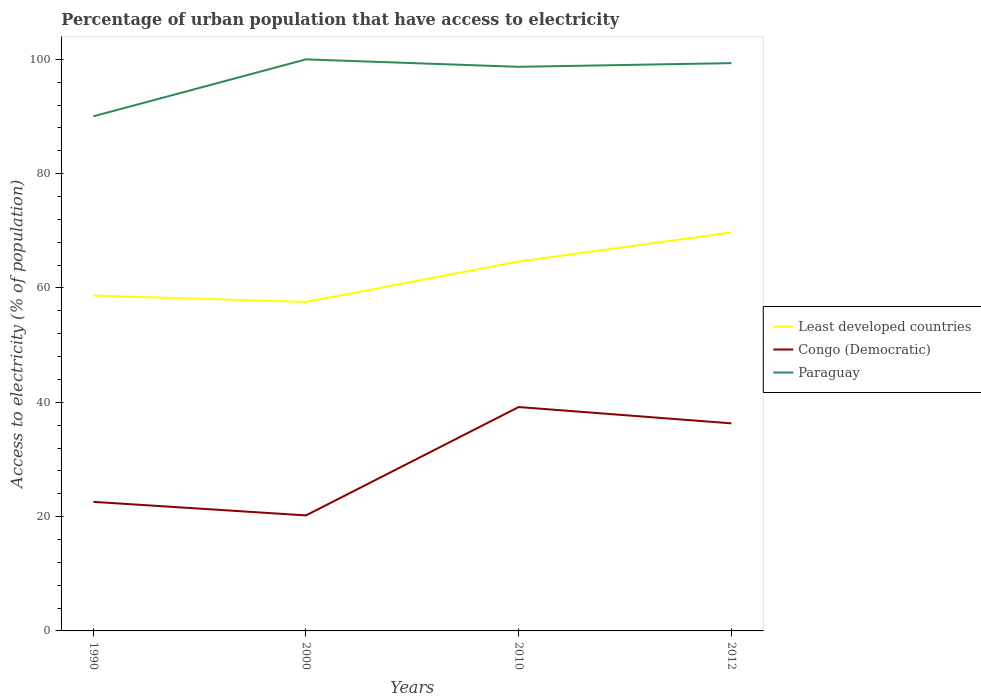
| Years | Least developed countries | Congo (Democratic) | Paraguay |
 | --- | --- | --- | --- |
 | 1990 | 58.7 | 22.6 | 90 |
 | 2000 | 57.6 | 20.2 | 100 |
 | 2010 | 64.6 | 39.2 | 98.7 |
 | 2012 | 69.7 | 36.3 | 99.3 |